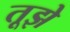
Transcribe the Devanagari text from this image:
तूझे